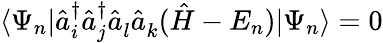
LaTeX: \langle\Psi_{n}|{\hat{a}}_{i}^{\dagger}{\hat{a}}_{j}^{\dagger}{\hat{a}}_{l}^{}{\hat{a}}_{k}^{}({\hat{H}}-E_{n})|\Psi_{n}\rangle=0